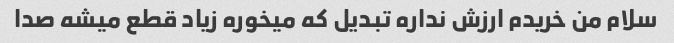
سلام من خریدم ارزش نداره تبدیل که میخوره زیاد قطع میشه صدا